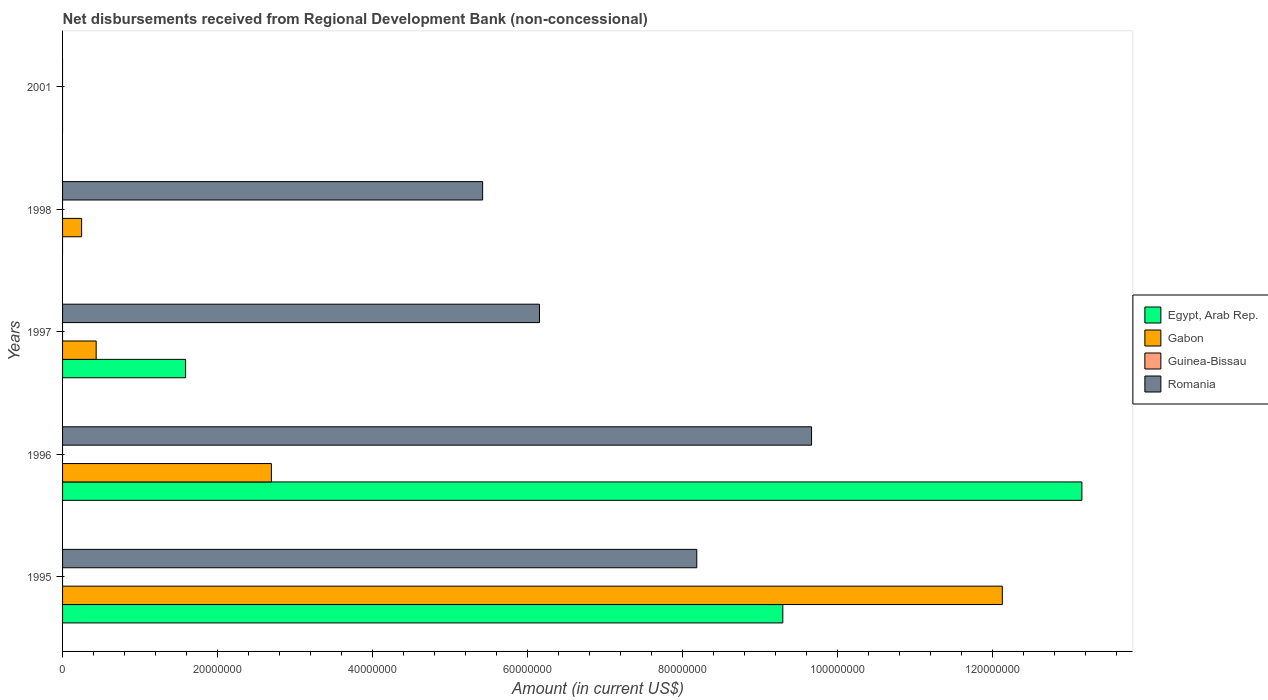
| Years | Egypt, Arab Rep. | Gabon | Guinea-Bissau | Romania |
 | --- | --- | --- | --- | --- |
 | 1995 | 9.29e+07 | 1.21e+08 | -2.93e+06 | 8.18e+07 |
 | 1996 | 1.31e+08 | 2.69e+07 | -1.39e+06 | 9.66e+07 |
 | 1997 | 1.59e+07 | 4.34e+06 | -4.36e+05 | 6.15e+07 |
 | 1998 | -6.24e+07 | 2.46e+06 | -4.18e+05 | 5.42e+07 |
 | 2001 | -5.71e+07 | -3.17e+07 | -3.6e+04 | -6.04e+06 |